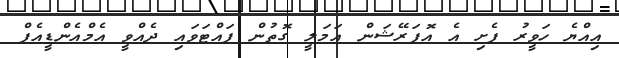
އިއްޔެ ހަވީރު ފެށި އެ އޮޕަރޭޝަން އަމަލީ ގޮތުން ފައްޓަވައި ދެއްވީ އެމްއެންޑީއެފް